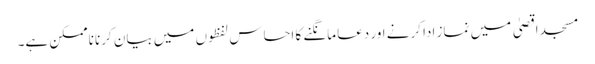
مسجد اقصیٰ میں نماز ادا کرنے اور دعا مانگنے کا احساس لفظوں میں بیان کرنا ناممکن ہے۔